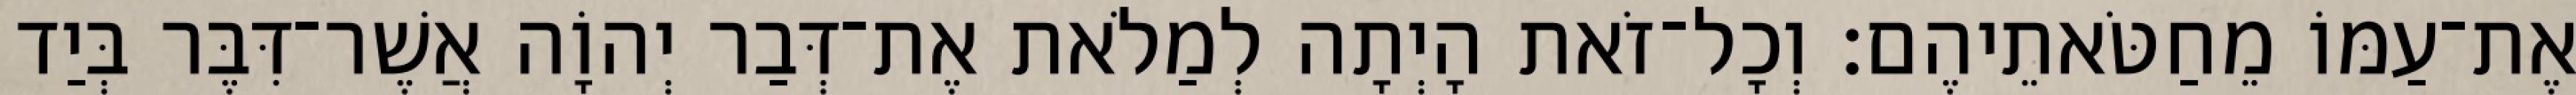
אֶת־עַמּוֹ מֵחַטֹּאתֵיהֶם׃ וְכָל־זֹאת הָיְתָה לְמַלֹאת אֶת־דְּבַר יְהוָֹה אֲשֶׁר־דִּבֶּר בְּיַד